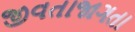
જીવતાજાગતા